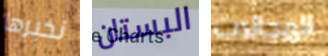
نخبرها البستان المجالات